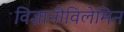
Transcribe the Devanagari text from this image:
विज्ञानीविलेमिन